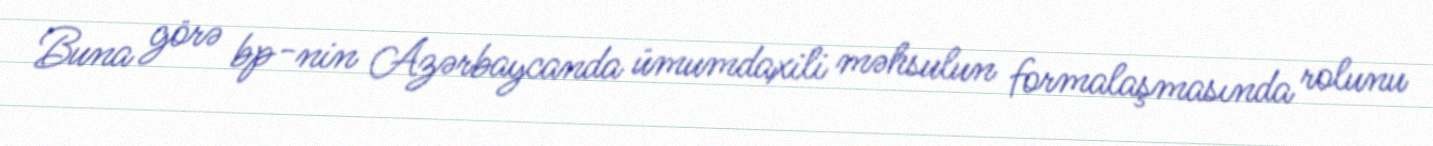
Buna görə bp-nin Azərbaycanda ümumdaxili məhsulun formalaşmasında rolunu